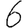
Digit: 6